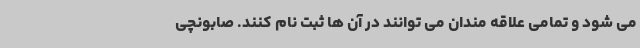
می شود و تمامی علاقه مندان می توانند در آن ها ثبت نام کنند. صابونچی